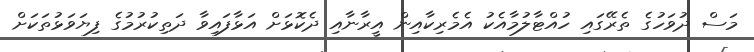
މަސް ދުވަހުގެ ތެރޭގައި ހުއްޓާލުމާއެކު އެމެރިކާއިން އީރާނާއި ދެކޮޅަށް އަޅާފައިވާ ދަތިކުރުމުގެ ފިޔަވަޅުތަކަށް